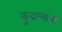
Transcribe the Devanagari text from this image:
कुढण्याची